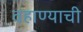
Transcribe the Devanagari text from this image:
वहाण्याची